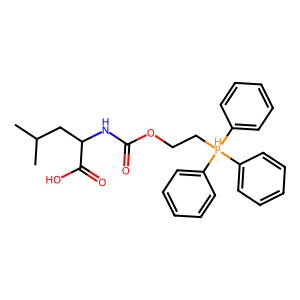
SMILES: CC(C)CC(NC(=O)OCC[PH](c1ccccc1)(c1ccccc1)c1ccccc1)C(=O)O
Inhibits HIV replication: No